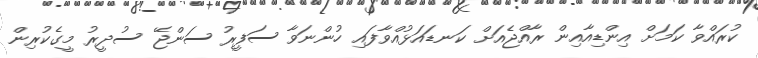
ކުރައްވާ ކަމަށް އިންޑިއާއިން ރާއްޖެއަށް ކަނޑައަޅުއްވާފައި ހުންނަވާ ސަފީރު ސަންޖޭ ސުދީރު މީގެކުރިން